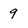
Character: 9